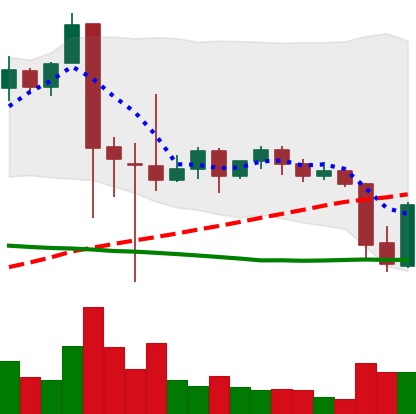
Ticker: XRP-USD
Chart end date: 2021-09-22
Forward return: -8.007%
Label: down_7plus